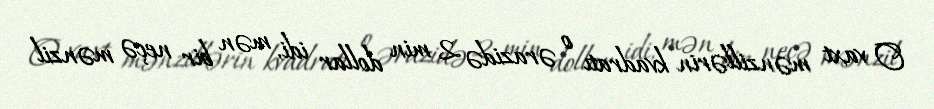
O vaxt mənzillərin kvadratı o ərazidə 2 min dollar idi, mən bir neçə mənzil